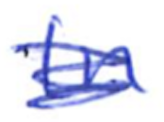
Text: In
Cross-out: scratch
Writing tool: ballpoint